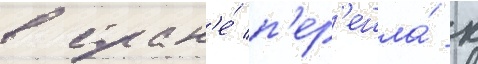
в стран'е́ п'ер'ешла́ к